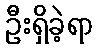
ဦးရှိခဲ့ရာ